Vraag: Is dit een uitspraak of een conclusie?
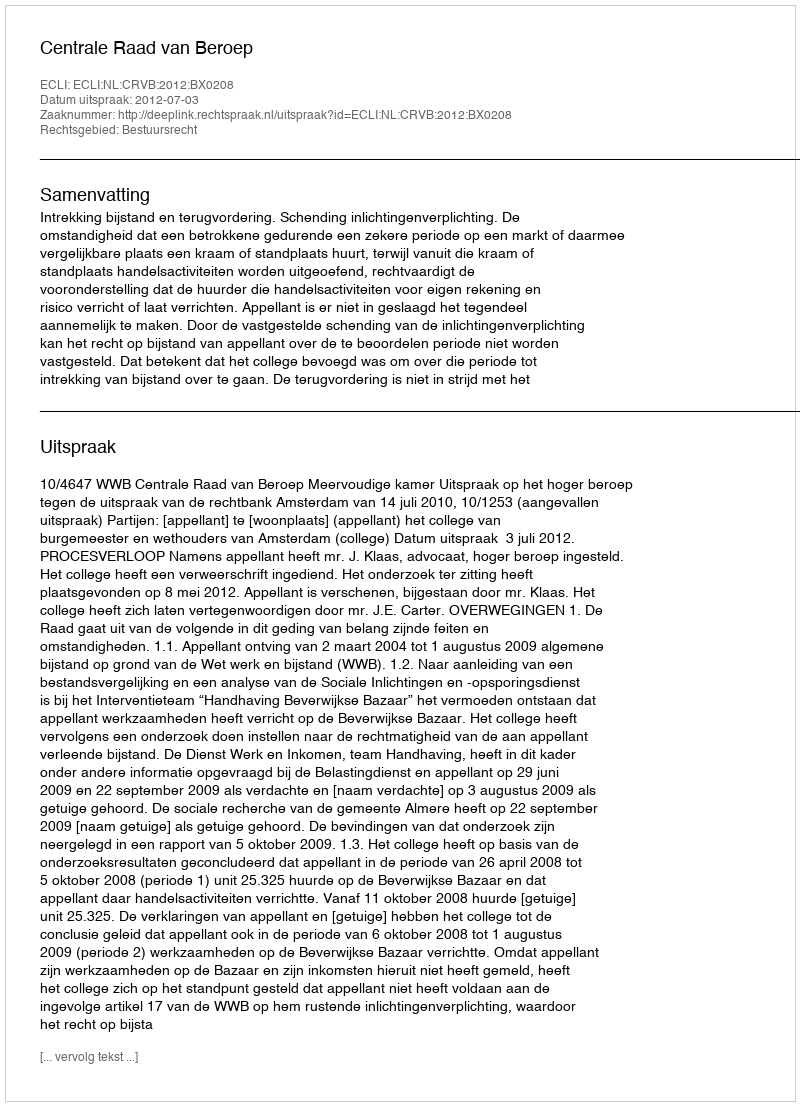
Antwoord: Uitspraak